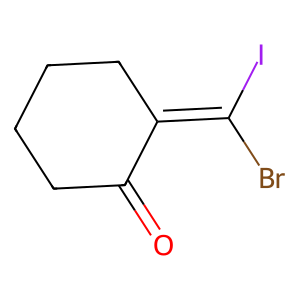
SMILES: O=C1CCCCC1=C(Br)I
Inhibits HIV replication: No